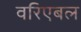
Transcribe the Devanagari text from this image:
वरिएबल